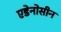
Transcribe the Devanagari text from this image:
एडेनोसीन